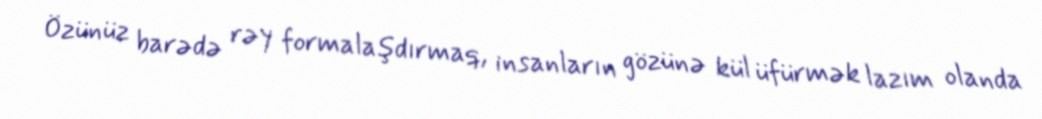
Özünüz barədə rəy formalaşdırmaq, insanların gözünə kül üfürmək lazım olanda